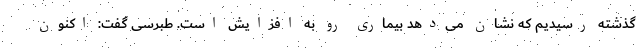
گذشته رسیدیم که نشان می‌دهد بیماری رو به افزایش است. طبرسی گفت: اکنون